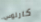
كارلوس